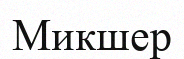
Микшер